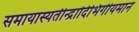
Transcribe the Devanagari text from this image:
समायास्यतीन्द्रादिभिर्गीयमानं